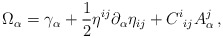
\begin{align*}\Omega_{\alpha}=\gamma_{\alpha}+\frac{1}{2}\eta^{ij}\partial_{\alpha}\eta_{ij}+C^{i}{}_{ij}A^{j}_{\alpha}\,,\end{align*}